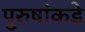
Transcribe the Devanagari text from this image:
पुरुषांकडे